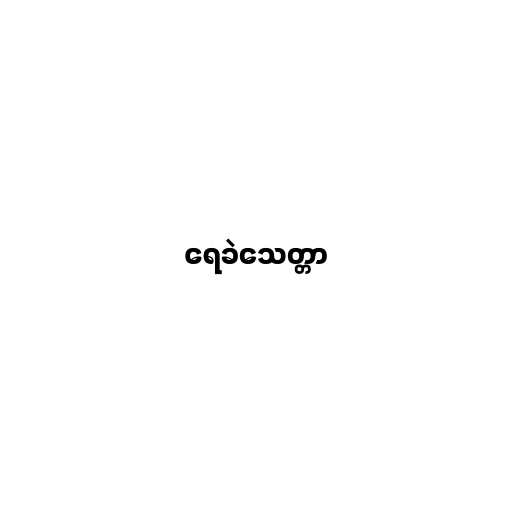
ရေခဲသေတ္တာ